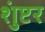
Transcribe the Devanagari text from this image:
शुंप्टर